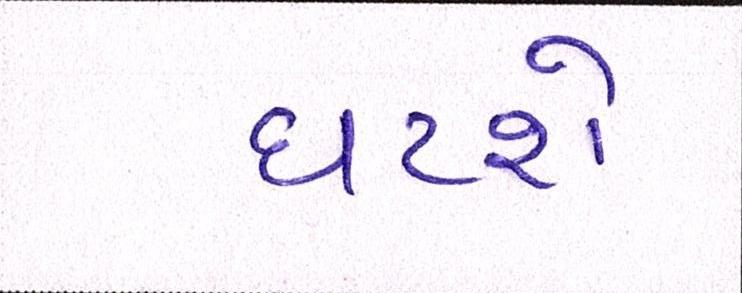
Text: ઘટશે